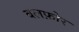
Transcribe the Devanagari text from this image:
बलफ़ोर